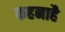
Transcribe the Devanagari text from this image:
कहनाहै